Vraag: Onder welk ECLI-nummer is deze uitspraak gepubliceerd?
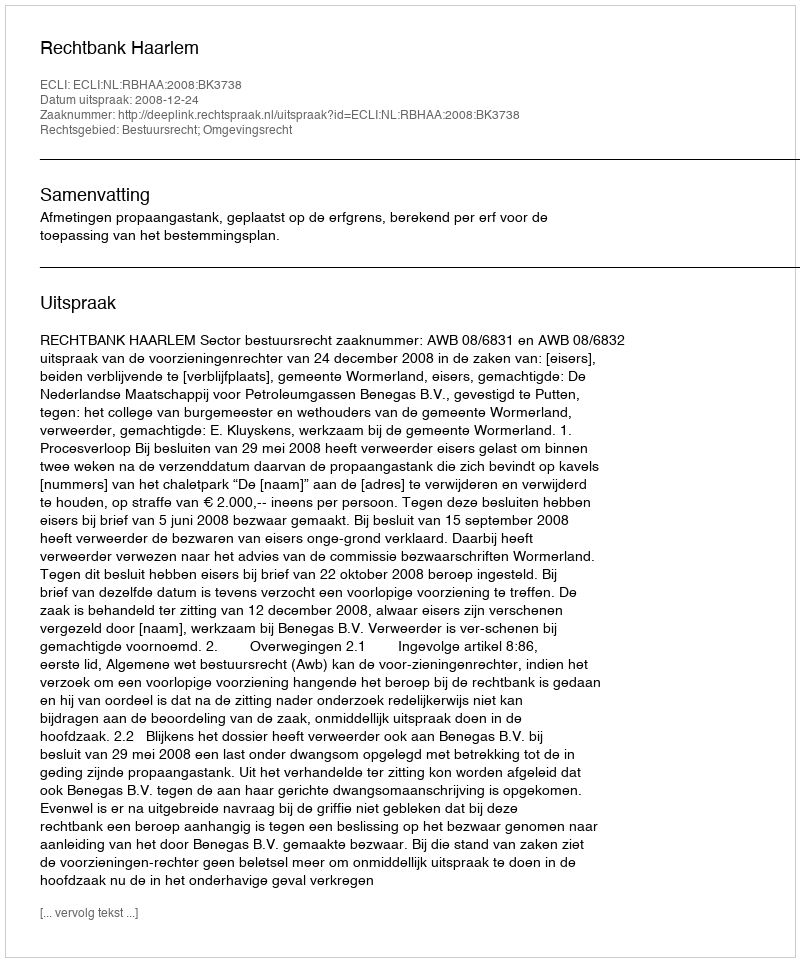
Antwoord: ECLI:NL:RBHAA:2008:BK3738